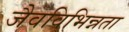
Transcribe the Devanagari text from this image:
जैवविभिन्नता